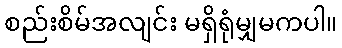
စည်းစိမ်အလျင်း မရှိရုံမျှမကပါ။